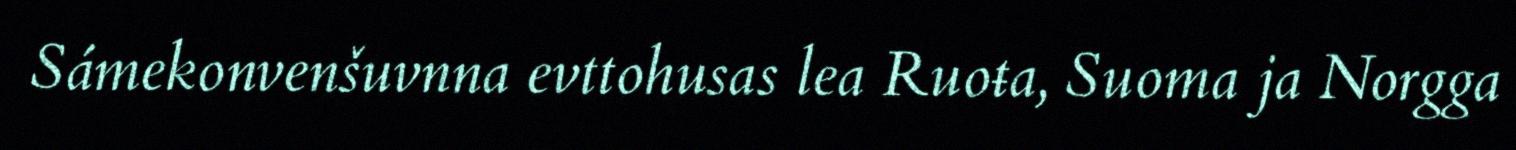
Sámekonvenšuvnna evttohusas lea Ruoŧa, Suoma ja Norgga